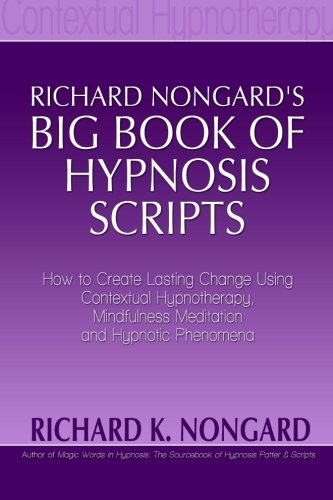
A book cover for Richard Nongard's Big Book of Hypnosis Scripts:  How to Create Lasting Change Using Contextual Hypnotherapy, Mindfulness Meditation and Hypnotic Phenomena; Richard Nongard; Medical Books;